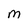
Character: M